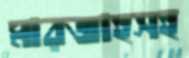
মারজাহসহ